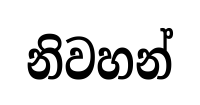
නිවහන්